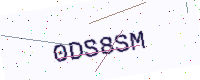
Text: 0DS8SM